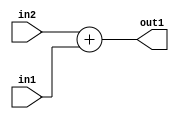
`timescale 1ps / 1ps
/*****************************************************************************
    Verilog RTL Description
    
    
    Created by: Stratus DpOpt 2019.1.01 
*******************************************************************************/

module SobelFilter_Add_18Ux17U_19U_1 (
	in2,
	in1,
	out1
	); /* architecture "behavioural" */ 
input [17:0] in2;
input [16:0] in1;
output [18:0] out1;
wire [18:0] asc001;

assign asc001 = 
	+(in2)
	+(in1);

assign out1 = asc001;
endmodule

/* CADENCE  ubH3TAo= : u9/ySgnWtBlWxVPRXgAZ4Og= ** DO NOT EDIT THIS LINE ******/